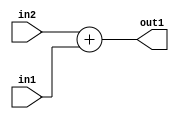
`timescale 1ps / 1ps
/*****************************************************************************
    Verilog RTL Description
    
    
    Created by: Stratus DpOpt 2019.1.01 
*******************************************************************************/

module SobelFilter_Add_18Ux17U_19U_1 (
	in2,
	in1,
	out1
	); /* architecture "behavioural" */ 
input [17:0] in2;
input [16:0] in1;
output [18:0] out1;
wire [18:0] asc001;

assign asc001 = 
	+(in2)
	+(in1);

assign out1 = asc001;
endmodule

/* CADENCE  ubH3TAo= : u9/ySgnWtBlWxVPRXgAZ4Og= ** DO NOT EDIT THIS LINE ******/